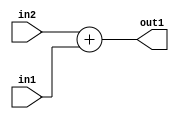
`timescale 1ps / 1ps
/*****************************************************************************
    Verilog RTL Description
    
    
    Created by: Stratus DpOpt 2019.1.01 
*******************************************************************************/

module SobelFilter_Add_18Ux17U_19U_1 (
	in2,
	in1,
	out1
	); /* architecture "behavioural" */ 
input [17:0] in2;
input [16:0] in1;
output [18:0] out1;
wire [18:0] asc001;

assign asc001 = 
	+(in2)
	+(in1);

assign out1 = asc001;
endmodule

/* CADENCE  ubH3TAo= : u9/ySgnWtBlWxVPRXgAZ4Og= ** DO NOT EDIT THIS LINE ******/